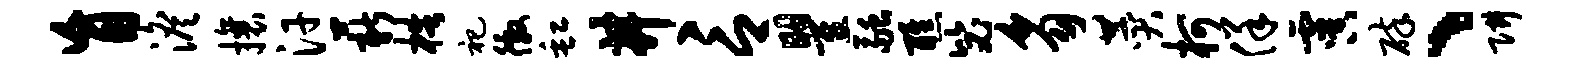
盲澹攘汗薪梏祀徼缸井言瞿融醮毖豸赞柯佯虞碎、阱